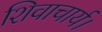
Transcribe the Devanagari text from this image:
शिवाचार्य।